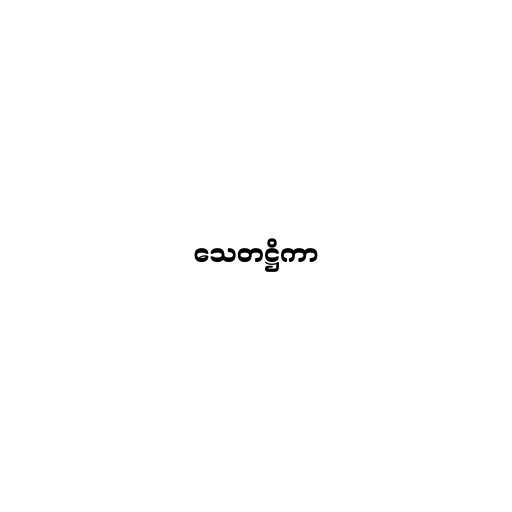
သေတဋ္ဌိကာ